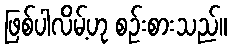
ဖြစ်ပါလိမ့်ဟု စဉ်းစားသည်။